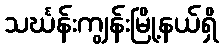
သင်္ဃန်းကျွန်းမြို့နယ်ရှိ